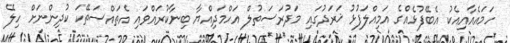
ހަމައެއާއިއެކު އެބޭފުޅެއްގެ އަމިއްލަފުޅު ޚަރަދުގައި މަދުރަސަތުލް އަހްމަދިއްޔާ ބިނާކުރައްވައި އެތައްސަތޭކަ ކުދިންނަށް ހިލޭ